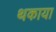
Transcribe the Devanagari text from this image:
थकाया